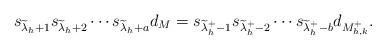
LaTeX: \begin{align*}s_{\widetilde{\lambda}_h+1}s_{\widetilde{\lambda}_h+2}\cdots s_{\widetilde{\lambda}_h+a}d_M=s_{\widetilde{\lambda}^+_h-1}s_{\widetilde{\lambda}^+_h-2}\cdots s_{\widetilde{\lambda}^+_h-b}d_{M^+_{h,k}}.\end{align*}